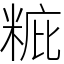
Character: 䊌